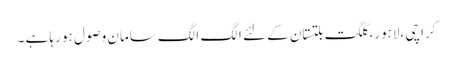
کراچی ،لاہور، گلگت بلتستان کے لئے الگ الگ سامان وصول ہو رہا ہے ۔